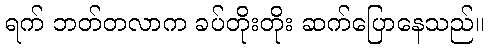
ရက် ဘတ်တလာက ခပ်တိုးတိုး ဆက်ပြောနေသည်။